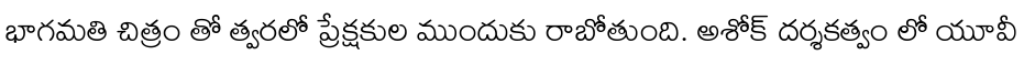
భాగమతి చిత్రం తో త్వరలో ప్రేక్షకుల ముందుకు రాబోతుంది. అశోక్ దర్శకత్వం లో యూవీ